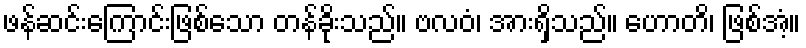
ဖန်ဆင်းကြောင်းဖြစ်သော တန်ခိုးသည်။ ဗလဝံ၊ အားရှိသည်။ ဟောတိ၊ ဖြစ်အံ့။